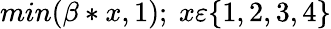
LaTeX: min(\beta*x,1);\ x\varepsilon\{ 1,2,3,4\}